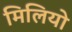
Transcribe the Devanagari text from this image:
मिलियो